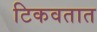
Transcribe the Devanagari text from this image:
टिकवतात